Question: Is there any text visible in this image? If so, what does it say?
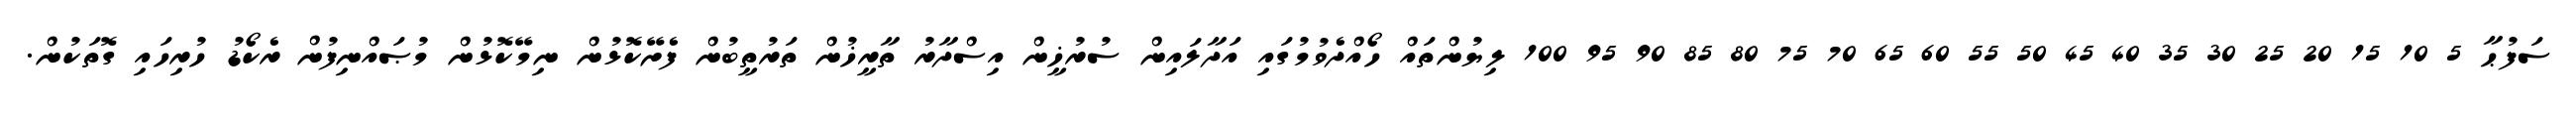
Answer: ސަފުޙާ 5 10 15 20 25 30 35 40 45 50 55 60 65 70 75 80 85 90 95 100 ލިޔުންތައް ހޯއްދެވުމުގައި އަދާލައިން ސުރުޚީން އިސްދާރު ތާރީޚުން ތަރުތީބުން ފެށޭކޮޅުން ނިމޭކޮޅުން މުޞައްނިފުން ރެކޯޑު ހުރިހައި ގޮތަކުން.